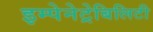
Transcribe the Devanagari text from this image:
इम्पेनेट्रेबिलिटी